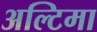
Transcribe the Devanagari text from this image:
अल्टिमा